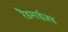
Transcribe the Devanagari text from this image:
रैंडमाईज़ड